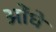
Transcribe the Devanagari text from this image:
ओंधे